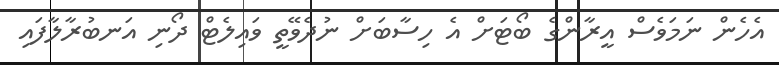
އެހެން ނަމަވެސް އީރާންގެ ބޯޓަށް އެ ހިސާބަށް ނުދެވޭތީ ވައިލެޓް ދޯނި އަނބުރާލާފައި